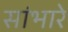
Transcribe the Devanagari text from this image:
सांभारे